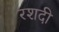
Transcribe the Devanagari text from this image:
रशदी